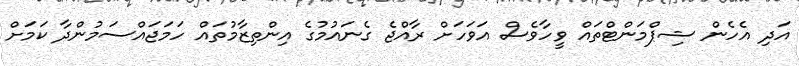
އަދި އެހެން ޝިޕްމަންޓްތައް ވީހާވެސް އަވަހަށް ރާއްޖެ ގެނައުމުގެ އިންތިޒާމުތައް ހަމަޖައްސަމުންދާ ކަމަށް